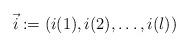
LaTeX: \begin{align*}\vec{i}:=(i(1), i(2),\dots, i(l))\end{align*}